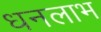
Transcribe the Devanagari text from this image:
धनलाभ